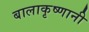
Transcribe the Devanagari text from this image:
बालाकृष्णानी